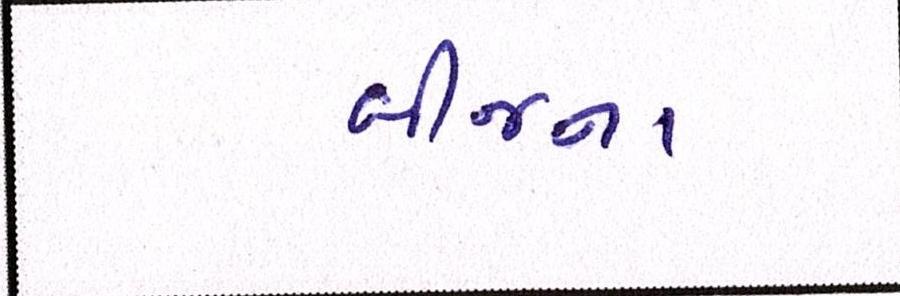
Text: બીજના